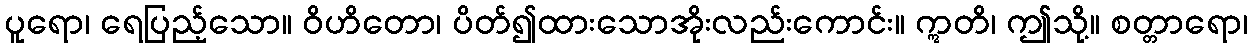
ပူရော၊ ရေပြည့်သော။ ဝိဟိတော၊ ပိတ်၍ထားသောအိုးလည်းကောင်း။ ဣတိ၊ ဤသို့။ စတ္တာရော၊